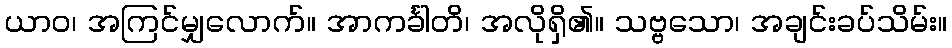
ယာဝ၊ အကြင်မျှလောက်။ အာကင်္ခါတိ၊ အလိုရှိ၏။ သဗ္ဗသော၊ အချင်းခပ်သိမ်း။